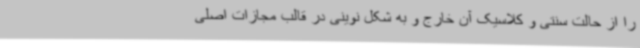
را از حالت سنتی و کلاسیک آن خارج و به شکل نوینی در قالب مجازات اصلی